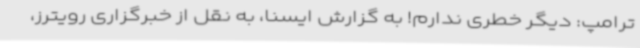
ترامپ: دیگر خطری ندارم! به گزارش ایسنا، به نقل از خبرگزاری رویترز،